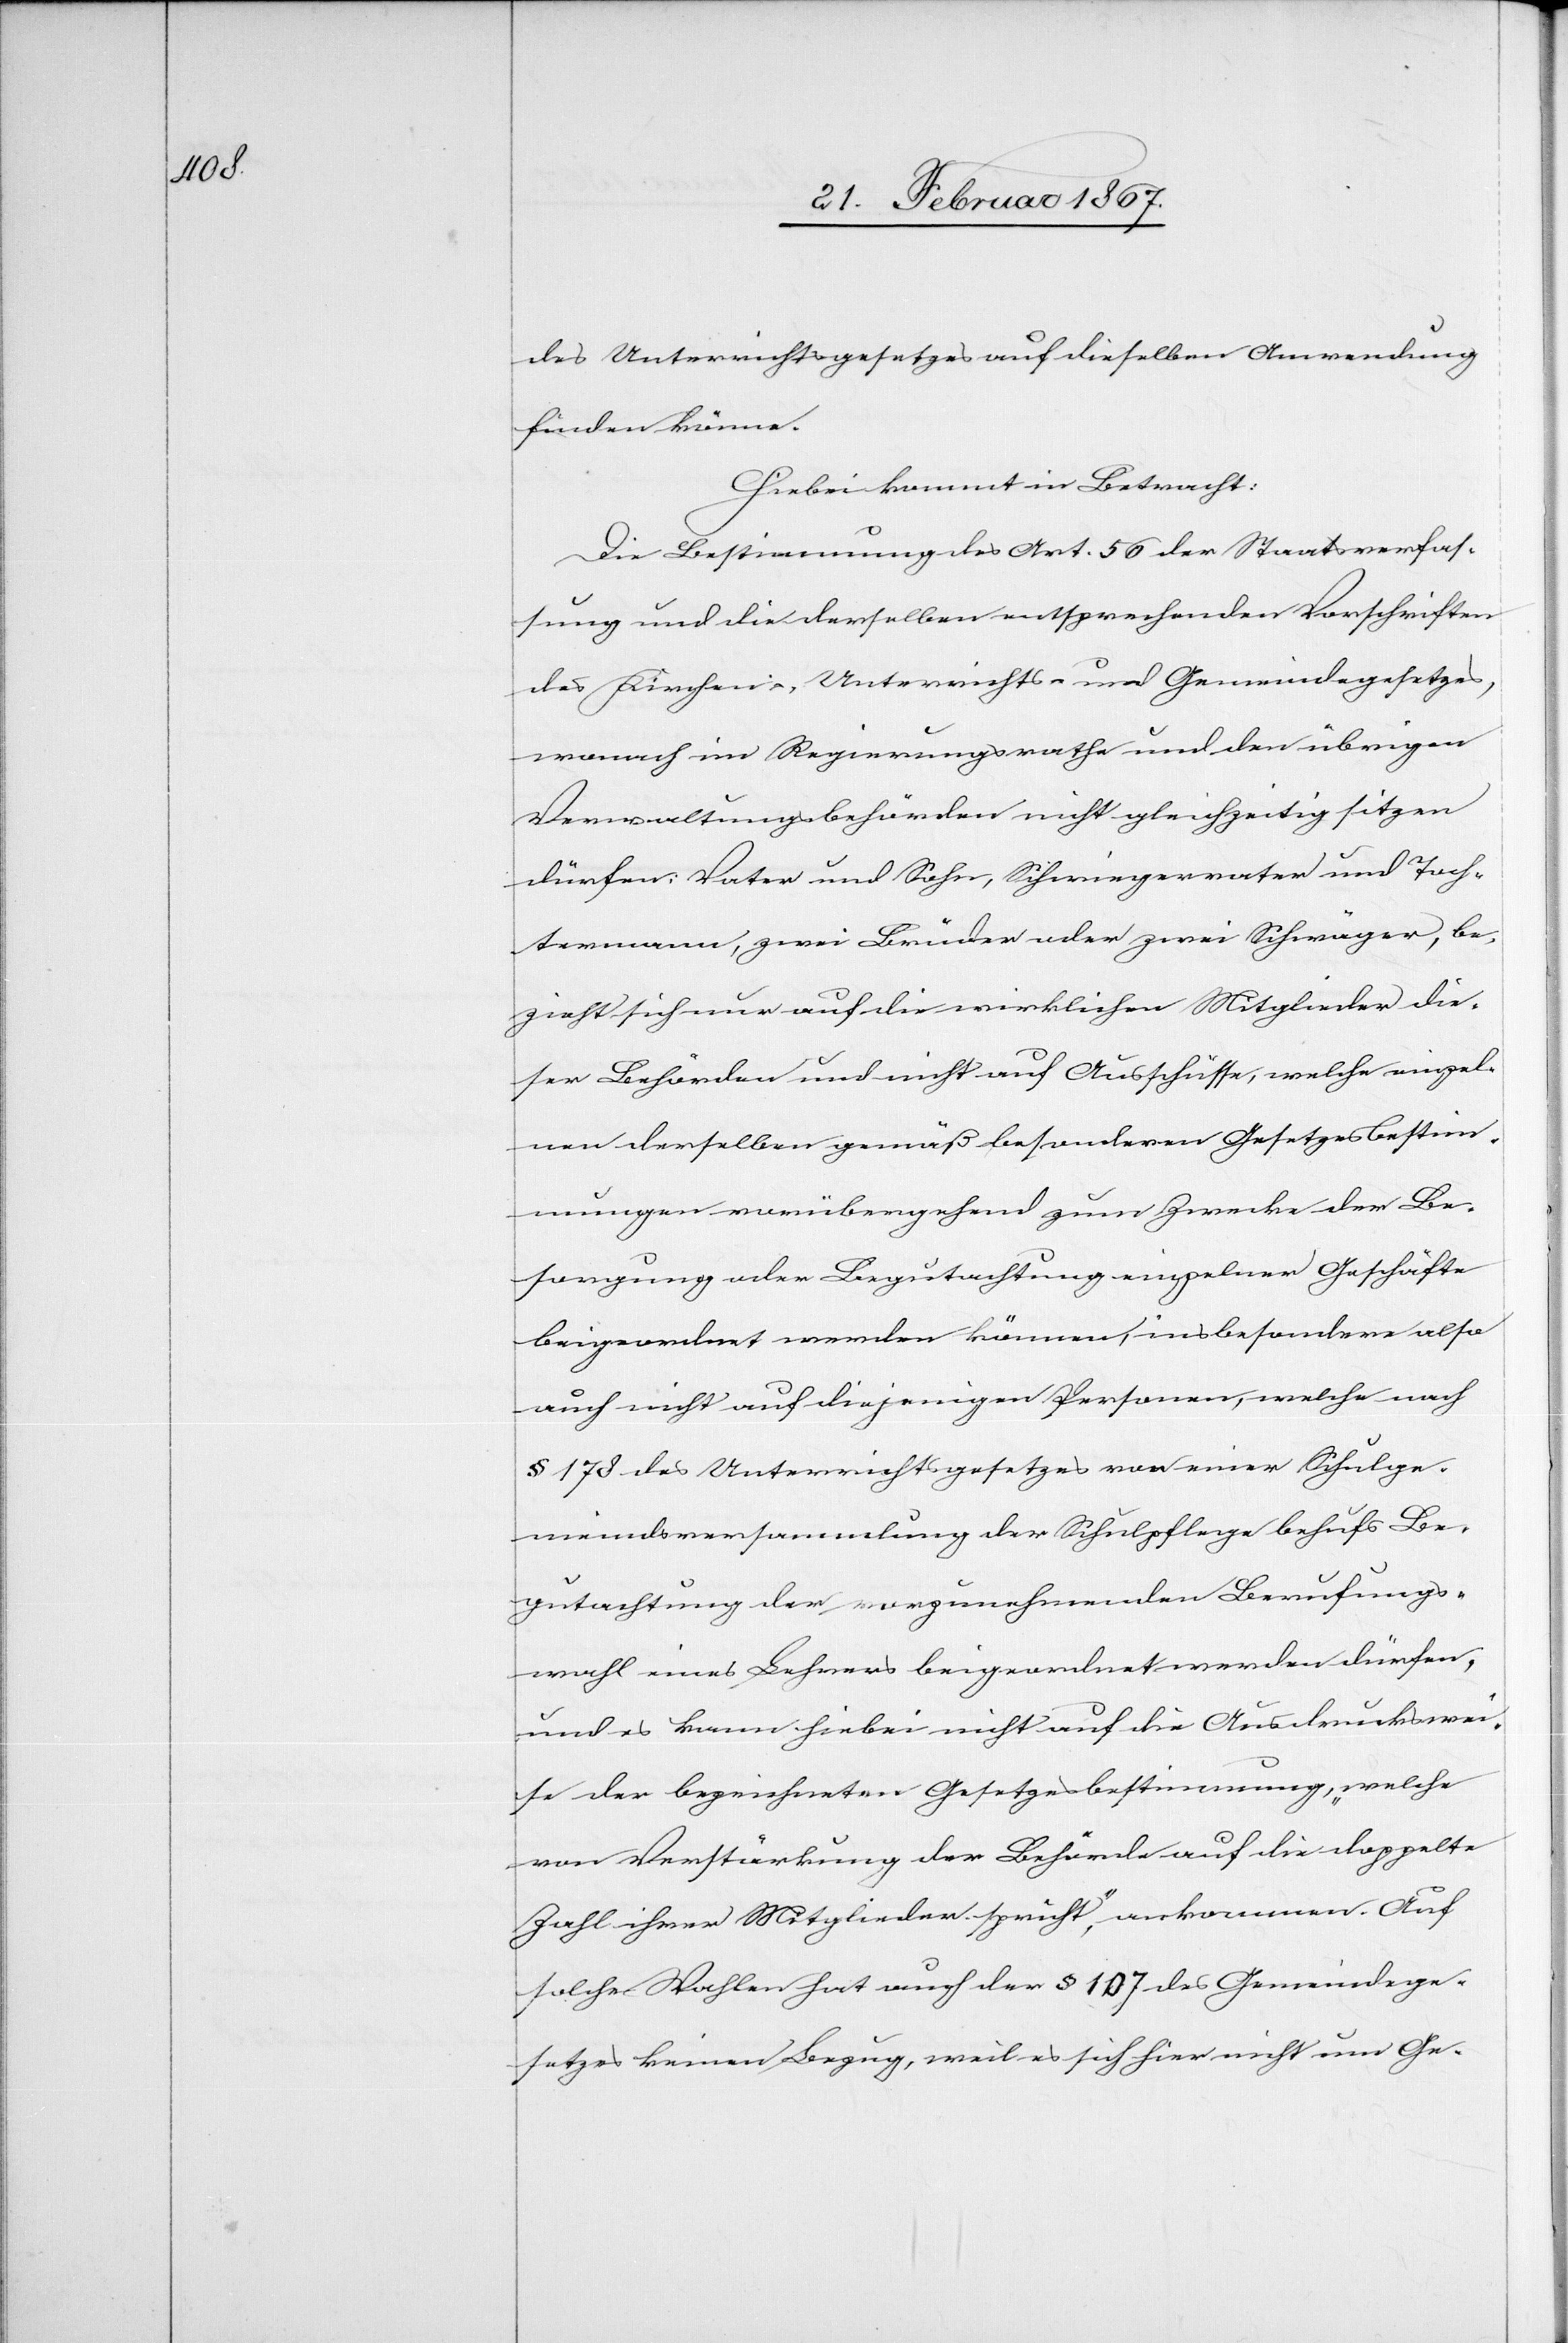
des Unterrichtsgesetzes auf dieselben Anwendung
finden könne.
Hiebei kommt in Betracht:
Die Bestimmung des Art. 56 der Staatsverfas¬
sung und die derselben entsprechenden Vorschriften
des Kirchen-, Unterrichts- und Gemeindegesetzes,
wonach im Regierungsrathe und den übrigen
Verwaltungsbehörden nicht gleichzeitig sitzen
dürfen: Vater und Sohn, Schwiegervater und Toch¬
termann, zwei Brüder oder zwei Schwäger, be¬
zieht sich nur auf die wirklichen Mitglieder die¬
ser Behörden und nicht auf Ausschüsse, welche einzel¬
nen derselben gemäß besonderen Gesetzesbestim¬
mungen vorübergehend zum Zwecke der Be¬
sorgung oder Begutachtung einzelner Geschäfte
beigeordnet werden können, insbesondere also
auch nicht auf diejenigen Personen, welche nach
§ 178 des Unterrichtsgesetzes von einer Schulge¬
meindsversammlung der Schulpflege behufs Be¬
gutachtung der vorzunehmenden Berufungs¬
wahl eines Lehrers beigeordnet werden dürfen,
und es kann hiebei nicht auf die Ausdruckswei¬
se der bezeichneten Gesetzesbestimmung, „welche
von Verstärkung der Behörde auf die doppelte
Zahl ihrer Mitglieder spricht“, ankommen. Auf
solche Wahlen hat auch der § 107 des Gemeindege¬
setzes keinen Bezug, weil es sich hier nicht um Ge-